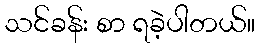
သင်ခန်း စာ ရခဲ့ပါတယ်။